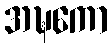
အဍ္ဎကော